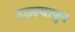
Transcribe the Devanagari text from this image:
उठल्यापुन